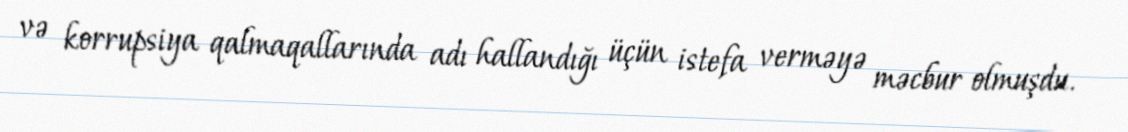
və korrupsiya qalmaqallarında adı hallandığı üçün istefa verməyə məcbur olmuşdu.